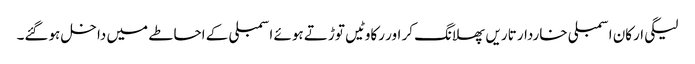
لیگی ارکان اسمبلی خاردار تاریں پھلانگ کر اور رکاوٹیں توڑتے ہوئے اسمبلی کے احاطے میں داخل ہوگئے۔